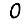
Digit: 0